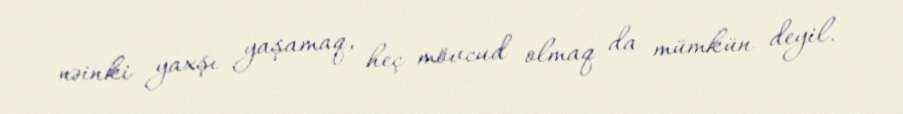
nəinki yaxşı yaşamaq, heç mövcud olmaq da mümkün deyil.